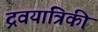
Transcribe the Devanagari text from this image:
द्रवयांत्रिकी